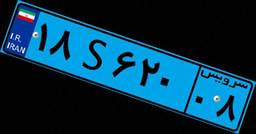
۸۸S۹۶۶۳۶